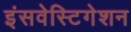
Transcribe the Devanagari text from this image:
इंसवेस्टिगेशन